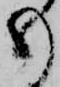
も